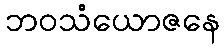
ဘဝသံယောဇနေ